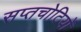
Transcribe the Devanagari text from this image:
सप्तचोटियों